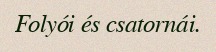
Folyói és csatornái.